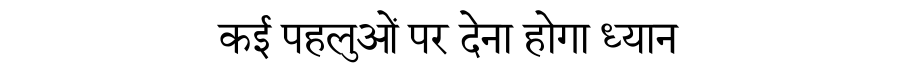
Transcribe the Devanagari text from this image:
कई पहलुओं पर देना होगा ध्यान